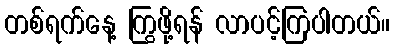
တစ်ရက်နေ့ ကြွဖို့ရန် လာပင့်ကြပါတယ်။